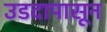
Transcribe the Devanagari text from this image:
उडदापासून